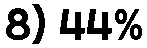
8) 44%